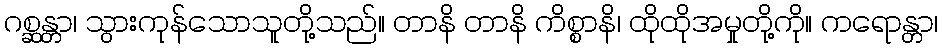
ဂစ္ဆန္တာ၊ သွားကုန်သောသူတို့သည်။ တာနိ တာနိ ကိစ္စာနိ၊ ထိုထိုအမှုတို့ကို။ ကရောန္တာ၊